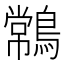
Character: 𪄹